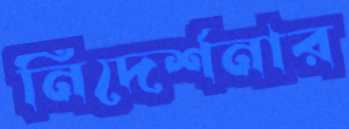
নিদের্শনার